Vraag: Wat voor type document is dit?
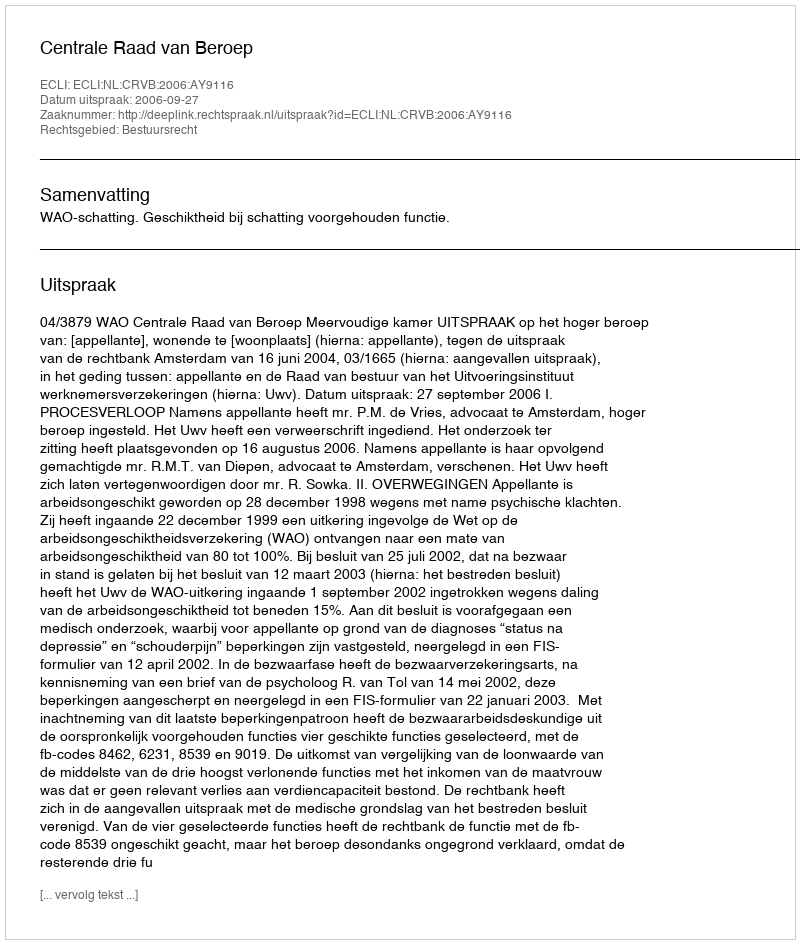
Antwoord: Uitspraak